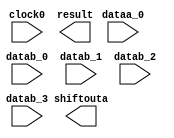
// megafunction wizard: %ALTMULT_ACCUM (MAC)%VBB%
// GENERATION: STANDARD
// VERSION: WM1.0
// MODULE: altmult_add 

// ============================================================
// Megafunction Name(s):
// 			altmult_add
//
// Simulation Library Files(s):
// 			altera_mf
// ============================================================
// ************************************************************
// THIS IS A WIZARD-GENERATED FILE. DO NOT EDIT THIS FILE!
//
// 12.0 Build 178 05/31/2012 SJ Full Version
// ************************************************************

//Copyright (C) 1991-2012 Altera Corporation
//Your use of Altera Corporation's design tools, logic functions 
//and other software and tools, and its AMPP partner logic 
//functions, and any output files from any of the foregoing 
//(including device programming or simulation files), and any 
//associated documentation or information are expressly subject 
//to the terms and conditions of the Altera Program License 
//Subscription Agreement, Altera MegaCore Function License 
//Agreement, or other applicable license agreement, including, 
//without limitation, that your use is for the sole purpose of 
//programming logic devices manufactured by Altera and sold by 
//Altera or its authorized distributors.  Please refer to the 
//applicable agreement for further details.

module scanout_chain_megafn (
	clock0,
	dataa_0,
	datab_0,
	datab_1,
	datab_2,
	datab_3,
	result,
	shiftouta);

	input	  clock0;
	input	[17:0]  dataa_0;
	input	[17:0]  datab_0;
	input	[17:0]  datab_1;
	input	[17:0]  datab_2;
	input	[17:0]  datab_3;
	output	[43:0]  result;
	output	[17:0]  shiftouta;
`ifndef ALTERA_RESERVED_QIS
// synopsys translate_off
`endif
	tri1	  clock0;
	tri0	[17:0]  dataa_0;
	tri0	[17:0]  datab_0;
	tri0	[17:0]  datab_1;
	tri0	[17:0]  datab_2;
	tri0	[17:0]  datab_3;
`ifndef ALTERA_RESERVED_QIS
// synopsys translate_on
`endif

endmodule

// ============================================================
// CNX file retrieval info
// ============================================================
// Retrieval info: PRIVATE: ACCUM_DIRECTION STRING "Add"
// Retrieval info: PRIVATE: ACCUM_SLOAD NUMERIC "0"
// Retrieval info: PRIVATE: ACCUM_SLOAD_ACLR NUMERIC "3"
// Retrieval info: PRIVATE: ACCUM_SLOAD_ACLR_SRC NUMERIC "3"
// Retrieval info: PRIVATE: ACCUM_SLOAD_CLK_SRC NUMERIC "0"
// Retrieval info: PRIVATE: ACCUM_SLOAD_PIPELINE_ACLR NUMERIC "3"
// Retrieval info: PRIVATE: ACCUM_SLOAD_PIPELINE_REG NUMERIC "1"
// Retrieval info: PRIVATE: ACCUM_SLOAD_PIPELINE_REG_INDEX NUMERIC "0"
// Retrieval info: PRIVATE: ACCUM_SLOAD_PIPE_ACLR_SRC NUMERIC "3"
// Retrieval info: PRIVATE: ACCUM_SLOAD_PIPE_CLK_SRC NUMERIC "0"
// Retrieval info: PRIVATE: ACCUM_SLOAD_PIPE_REG STRING "1"
// Retrieval info: PRIVATE: ACCUM_SLOAD_REG NUMERIC "1"
// Retrieval info: PRIVATE: ACCUM_SLOAD_REG_INDEX NUMERIC "0"
// Retrieval info: PRIVATE: ACCUM_SLOAD_UPPER_DATA NUMERIC "0"
// Retrieval info: PRIVATE: ACCUM_SLOAD_UPPER_DATA_ACLR NUMERIC "3"
// Retrieval info: PRIVATE: ACCUM_SLOAD_UPPER_DATA_PIPELINE_ACLR NUMERIC "3"
// Retrieval info: PRIVATE: ACCUM_SLOAD_UPPER_DATA_PIPELINE_REG NUMERIC "0"
// Retrieval info: PRIVATE: ACCUM_SLOAD_UPPER_DATA_REG NUMERIC "0"
// Retrieval info: PRIVATE: ADDNSUB1_ACLR_SRC NUMERIC "3"
// Retrieval info: PRIVATE: ADDNSUB1_CLK_SRC NUMERIC "0"
// Retrieval info: PRIVATE: ADDNSUB1_PIPE_ACLR_SRC NUMERIC "3"
// Retrieval info: PRIVATE: ADDNSUB1_PIPE_CLK_SRC NUMERIC "0"
// Retrieval info: PRIVATE: ADDNSUB1_PIPE_REG STRING "1"
// Retrieval info: PRIVATE: ADDNSUB1_REG STRING "1"
// Retrieval info: PRIVATE: ADDNSUB3_ACLR_SRC NUMERIC "3"
// Retrieval info: PRIVATE: ADDNSUB3_CLK_SRC NUMERIC "0"
// Retrieval info: PRIVATE: ADDNSUB3_PIPE_ACLR_SRC NUMERIC "3"
// Retrieval info: PRIVATE: ADDNSUB3_PIPE_CLK_SRC NUMERIC "0"
// Retrieval info: PRIVATE: ADDNSUB3_PIPE_REG STRING "1"
// Retrieval info: PRIVATE: ADDNSUB3_REG STRING "1"
// Retrieval info: PRIVATE: ADD_ENABLE NUMERIC "0"
// Retrieval info: PRIVATE: ALL_REG_ACLR NUMERIC "0"
// Retrieval info: PRIVATE: A_ACLR_SRC_MULT0 NUMERIC "3"
// Retrieval info: PRIVATE: A_CLK_SRC_MULT0 NUMERIC "0"
// Retrieval info: PRIVATE: B_ACLR_SRC_MULT0 NUMERIC "3"
// Retrieval info: PRIVATE: B_CLK_SRC_MULT0 NUMERIC "0"
// Retrieval info: PRIVATE: CHAINOUT_OUTPUT_ACLR NUMERIC "3"
// Retrieval info: PRIVATE: CHAINOUT_OUTPUT_REG STRING "0"
// Retrieval info: PRIVATE: CHAINOUT_OUTPUT_REGISTER NUMERIC "0"
// Retrieval info: PRIVATE: CHAINOUT_OUTPUT_REGISTERED NUMERIC "0"
// Retrieval info: PRIVATE: CHAS_ZERO_CHAINOUT NUMERIC "0"
// Retrieval info: PRIVATE: EXTRA_MULTIPLIER_LATENCY NUMERIC "0"
// Retrieval info: PRIVATE: HAS_ACCUMULATOR NUMERIC "1"
// Retrieval info: PRIVATE: HAS_ACUMM_SLOAD NUMERIC "0"
// Retrieval info: PRIVATE: HAS_CHAININ_PORT NUMERIC "0"
// Retrieval info: PRIVATE: HAS_CHAINOUT_ADDER NUMERIC "0"
// Retrieval info: PRIVATE: HAS_LOOPBACK NUMERIC "0"
// Retrieval info: PRIVATE: HAS_MAC STRING "1"
// Retrieval info: PRIVATE: HAS_SAT_ROUND STRING "1"
// Retrieval info: PRIVATE: HAS_ZERO_LOOPBACK NUMERIC "0"
// Retrieval info: PRIVATE: IMPL_STYLE_DEDICATED NUMERIC "1"
// Retrieval info: PRIVATE: IMPL_STYLE_DEFAULT NUMERIC "0"
// Retrieval info: PRIVATE: IMPL_STYLE_LCELL NUMERIC "0"
// Retrieval info: PRIVATE: INTENDED_DEVICE_FAMILY STRING "Stratix IV"
// Retrieval info: PRIVATE: MULT_LATENCY NUMERIC "0"
// Retrieval info: PRIVATE: MULT_REGA0 NUMERIC "1"
// Retrieval info: PRIVATE: MULT_REGB0 NUMERIC "1"
// Retrieval info: PRIVATE: MULT_REGOUT0 NUMERIC "1"
// Retrieval info: PRIVATE: NUM_MULT STRING "4"
// Retrieval info: PRIVATE: OP1 STRING "Add"
// Retrieval info: PRIVATE: OP3 STRING "Add"
// Retrieval info: PRIVATE: OUTPUT_EXTRA_LAT NUMERIC "0"
// Retrieval info: PRIVATE: OUTPUT_REG_ACLR_SRC NUMERIC "3"
// Retrieval info: PRIVATE: OUTPUT_REG_CLK_SRC NUMERIC "0"
// Retrieval info: PRIVATE: OVERFLOW NUMERIC "0"
// Retrieval info: PRIVATE: Q_ACLR_SRC_MULT0 NUMERIC "3"
// Retrieval info: PRIVATE: Q_CLK_SRC_MULT0 NUMERIC "0"
// Retrieval info: PRIVATE: REG_OUT NUMERIC "1"
// Retrieval info: PRIVATE: RNFORMAT STRING "44"
// Retrieval info: PRIVATE: ROTATE_ACLR_SRC NUMERIC "3"
// Retrieval info: PRIVATE: ROTATE_CLK_SRC NUMERIC "0"
// Retrieval info: PRIVATE: ROTATE_OUT_ACLR_SRC NUMERIC "3"
// Retrieval info: PRIVATE: ROTATE_OUT_CLK_SRC NUMERIC "0"
// Retrieval info: PRIVATE: ROTATE_OUT_REG STRING "1"
// Retrieval info: PRIVATE: ROTATE_PIPE_ACLR_SRC NUMERIC "3"
// Retrieval info: PRIVATE: ROTATE_PIPE_CLK_SRC NUMERIC "0"
// Retrieval info: PRIVATE: ROTATE_PIPE_REG STRING "1"
// Retrieval info: PRIVATE: ROTATE_REG STRING "1"
// Retrieval info: PRIVATE: ROUND3_CHAINOUT_ACLR_SRC NUMERIC "3"
// Retrieval info: PRIVATE: ROUND3_CHAINOUT_CLK_SRC NUMERIC "0"
// Retrieval info: PRIVATE: ROUND3_CHAINOUT_MODE STRING "Disabled"
// Retrieval info: PRIVATE: ROUND3_CHAINOUT_OUT_ACLR_SRC NUMERIC "3"
// Retrieval info: PRIVATE: ROUND3_CHAINOUT_OUT_CLK_SRC NUMERIC "0"
// Retrieval info: PRIVATE: ROUND3_CHAINOUT_OUT_REG STRING "0"
// Retrieval info: PRIVATE: ROUND3_CHAINOUT_PIPE_ACLR_SRC NUMERIC "3"
// Retrieval info: PRIVATE: ROUND3_CHAINOUT_PIPE_CLK_SRC NUMERIC "0"
// Retrieval info: PRIVATE: ROUND3_CHAINOUT_PIPE_REG STRING "1"
// Retrieval info: PRIVATE: ROUND3_CHAINOUT_REG STRING "1"
// Retrieval info: PRIVATE: ROUND3_FRAC_WIDTH NUMERIC "23"
// Retrieval info: PRIVATE: ROUND3_OUTPUT_ACLR_SRC NUMERIC "3"
// Retrieval info: PRIVATE: ROUND3_OUTPUT_CHAINOUT_TYPE STRING "Nearest Integer"
// Retrieval info: PRIVATE: ROUND3_OUTPUT_CLK_SRC NUMERIC "0"
// Retrieval info: PRIVATE: ROUND3_OUTPUT_MODE STRING "Disabled"
// Retrieval info: PRIVATE: ROUND3_OUTPUT_PIPE_ACLR_SRC NUMERIC "3"
// Retrieval info: PRIVATE: ROUND3_OUTPUT_PIPE_CLK_SRC NUMERIC "0"
// Retrieval info: PRIVATE: ROUND3_OUTPUT_PIPE_REG STRING "1"
// Retrieval info: PRIVATE: ROUND3_OUTPUT_REG STRING "1"
// Retrieval info: PRIVATE: RQFORMAT STRING "Q1.30"
// Retrieval info: PRIVATE: RTS_WIDTH STRING "44"
// Retrieval info: PRIVATE: SAME_CONFIG NUMERIC "1"
// Retrieval info: PRIVATE: SAME_CONTROL_SRC_A0 NUMERIC "1"
// Retrieval info: PRIVATE: SAME_CONTROL_SRC_B0 NUMERIC "1"
// Retrieval info: PRIVATE: SAT3_CHAINOUT_ACLR_SRC NUMERIC "3"
// Retrieval info: PRIVATE: SAT3_CHAINOUT_CLK_SRC NUMERIC "0"
// Retrieval info: PRIVATE: SAT3_CHAINOUT_MODE STRING "Enabled"
// Retrieval info: PRIVATE: SAT3_CHAINOUT_OUT_ACLR_SRC NUMERIC "3"
// Retrieval info: PRIVATE: SAT3_CHAINOUT_OUT_CLK_SRC NUMERIC "0"
// Retrieval info: PRIVATE: SAT3_CHAINOUT_PIPE_ACLR_SRC NUMERIC "3"
// Retrieval info: PRIVATE: SAT3_CHAINOUT_PIPE_CLK_SRC NUMERIC "0"
// Retrieval info: PRIVATE: SAT3_CHAINOUT_PIPE_REG STRING "1"
// Retrieval info: PRIVATE: SAT3_CHAINOUT_REG STRING "1"
// Retrieval info: PRIVATE: SAT3_FRAC_WIDTH NUMERIC "1"
// Retrieval info: PRIVATE: SAT3_OUTPUT_ACLR_SRC NUMERIC "3"
// Retrieval info: PRIVATE: SAT3_OUTPUT_CHAINOUT_TYPE STRING "Symmetric"
// Retrieval info: PRIVATE: SAT3_OUTPUT_CLK_SRC NUMERIC "0"
// Retrieval info: PRIVATE: SAT3_OUTPUT_MODE STRING "Enabled"
// Retrieval info: PRIVATE: SAT3_OUTPUT_OVERFLOW NUMERIC "0"
// Retrieval info: PRIVATE: SAT3_OUTPUT_PIPE_ACLR_SRC NUMERIC "3"
// Retrieval info: PRIVATE: SAT3_OUTPUT_PIPE_CLK_SRC NUMERIC "0"
// Retrieval info: PRIVATE: SAT3_OUTPUT_PIPE_REG STRING "1"
// Retrieval info: PRIVATE: SAT3_OUTPUT_REG STRING "1"
// Retrieval info: PRIVATE: SCANOUTA NUMERIC "1"
// Retrieval info: PRIVATE: SCANOUTB NUMERIC "0"
// Retrieval info: PRIVATE: SHIFTOUTA_ACLR_SRC NUMERIC "3"
// Retrieval info: PRIVATE: SHIFTOUTA_CLK_SRC NUMERIC "0"
// Retrieval info: PRIVATE: SHIFTOUTA_REG STRING "0"
// Retrieval info: PRIVATE: SHIFT_RIGHT_ACLR_SRC NUMERIC "3"
// Retrieval info: PRIVATE: SHIFT_RIGHT_CLK_SRC NUMERIC "0"
// Retrieval info: PRIVATE: SHIFT_RIGHT_OUT_ACLR_SRC NUMERIC "3"
// Retrieval info: PRIVATE: SHIFT_RIGHT_OUT_CLK_SRC NUMERIC "0"
// Retrieval info: PRIVATE: SHIFT_RIGHT_OUT_REG STRING "1"
// Retrieval info: PRIVATE: SHIFT_RIGHT_PIPE_ACLR_SRC NUMERIC "3"
// Retrieval info: PRIVATE: SHIFT_RIGHT_PIPE_CLK_SRC NUMERIC "0"
// Retrieval info: PRIVATE: SHIFT_RIGHT_PIPE_REG STRING "1"
// Retrieval info: PRIVATE: SHIFT_RIGHT_REG STRING "1"
// Retrieval info: PRIVATE: SHIFT_ROTATE_MODE STRING "None"
// Retrieval info: PRIVATE: SIGNA STRING "SIGNED"
// Retrieval info: PRIVATE: SIGNA_ACLR_SRC NUMERIC "3"
// Retrieval info: PRIVATE: SIGNA_CLK_SRC NUMERIC "0"
// Retrieval info: PRIVATE: SIGNA_PIPE_ACLR_SRC NUMERIC "3"
// Retrieval info: PRIVATE: SIGNA_PIPE_CLK_SRC NUMERIC "0"
// Retrieval info: PRIVATE: SIGNA_PIPE_REG STRING "1"
// Retrieval info: PRIVATE: SIGNA_REG STRING "1"
// Retrieval info: PRIVATE: SIGNB STRING "SIGNED"
// Retrieval info: PRIVATE: SIGNB_ACLR_SRC NUMERIC "3"
// Retrieval info: PRIVATE: SIGNB_CLK_SRC NUMERIC "0"
// Retrieval info: PRIVATE: SIGNB_PIPE_ACLR_SRC NUMERIC "3"
// Retrieval info: PRIVATE: SIGNB_PIPE_CLK_SRC NUMERIC "0"
// Retrieval info: PRIVATE: SIGNB_PIPE_REG STRING "1"
// Retrieval info: PRIVATE: SIGNB_REG STRING "1"
// Retrieval info: PRIVATE: SRCA0 STRING "Shiftin input"
// Retrieval info: PRIVATE: SRCB0 STRING "Multiplier input"
// Retrieval info: PRIVATE: SYNTH_WRAPPER_GEN_POSTFIX STRING "0"
// Retrieval info: PRIVATE: WIDTHA STRING "18"
// Retrieval info: PRIVATE: WIDTHB STRING "18"
// Retrieval info: PRIVATE: WIDTH_UPPER_DATA NUMERIC "1"
// Retrieval info: PRIVATE: ZERO_CHAINOUT_ACLR_SRC NUMERIC "3"
// Retrieval info: PRIVATE: ZERO_CHAINOUT_CLK_SRC NUMERIC "0"
// Retrieval info: PRIVATE: ZERO_CHAINOUT_REG STRING "0"
// Retrieval info: PRIVATE: ZERO_LOOPBACK_ACLR_SRC NUMERIC "3"
// Retrieval info: PRIVATE: ZERO_LOOPBACK_CLK_SRC NUMERIC "0"
// Retrieval info: PRIVATE: ZERO_LOOPBACK_OUT_ACLR_SRC NUMERIC "3"
// Retrieval info: PRIVATE: ZERO_LOOPBACK_OUT_CLK_SRC NUMERIC "0"
// Retrieval info: PRIVATE: ZERO_LOOPBACK_OUT_REG STRING "1"
// Retrieval info: PRIVATE: ZERO_LOOPBACK_PIPE_ACLR_SRC NUMERIC "3"
// Retrieval info: PRIVATE: ZERO_LOOPBACK_PIPE_CLK_SRC NUMERIC "0"
// Retrieval info: PRIVATE: ZERO_LOOPBACK_PIPE_REG STRING "1"
// Retrieval info: PRIVATE: ZERO_LOOPBACK_REG STRING "1"
// Retrieval info: LIBRARY: altera_mf altera_mf.altera_mf_components.all
// Retrieval info: CONSTANT: ACCUMULATOR STRING "YES"
// Retrieval info: CONSTANT: ACCUM_DIRECTION STRING "ADD"
// Retrieval info: CONSTANT: ADDNSUB_MULTIPLIER_ACLR1 STRING "UNUSED"
// Retrieval info: CONSTANT: ADDNSUB_MULTIPLIER_ACLR3 STRING "UNUSED"
// Retrieval info: CONSTANT: ADDNSUB_MULTIPLIER_PIPELINE_ACLR1 STRING "UNUSED"
// Retrieval info: CONSTANT: ADDNSUB_MULTIPLIER_PIPELINE_ACLR3 STRING "UNUSED"
// Retrieval info: CONSTANT: ADDNSUB_MULTIPLIER_PIPELINE_REGISTER1 STRING "CLOCK0"
// Retrieval info: CONSTANT: ADDNSUB_MULTIPLIER_PIPELINE_REGISTER3 STRING "CLOCK0"
// Retrieval info: CONSTANT: ADDNSUB_MULTIPLIER_REGISTER1 STRING "CLOCK0"
// Retrieval info: CONSTANT: ADDNSUB_MULTIPLIER_REGISTER3 STRING "CLOCK0"
// Retrieval info: CONSTANT: CHAINOUT_ADDER STRING "NO"
// Retrieval info: CONSTANT: CHAINOUT_REGISTER STRING "UNREGISTERED"
// Retrieval info: CONSTANT: DEDICATED_MULTIPLIER_CIRCUITRY STRING "YES"
// Retrieval info: CONSTANT: INPUT_ACLR_A0 STRING "UNUSED"
// Retrieval info: CONSTANT: INPUT_ACLR_A1 STRING "UNUSED"
// Retrieval info: CONSTANT: INPUT_ACLR_A2 STRING "UNUSED"
// Retrieval info: CONSTANT: INPUT_ACLR_A3 STRING "UNUSED"
// Retrieval info: CONSTANT: INPUT_ACLR_B0 STRING "UNUSED"
// Retrieval info: CONSTANT: INPUT_ACLR_B1 STRING "UNUSED"
// Retrieval info: CONSTANT: INPUT_ACLR_B2 STRING "UNUSED"
// Retrieval info: CONSTANT: INPUT_ACLR_B3 STRING "UNUSED"
// Retrieval info: CONSTANT: INPUT_REGISTER_A0 STRING "CLOCK0"
// Retrieval info: CONSTANT: INPUT_REGISTER_A1 STRING "CLOCK0"
// Retrieval info: CONSTANT: INPUT_REGISTER_A2 STRING "CLOCK0"
// Retrieval info: CONSTANT: INPUT_REGISTER_A3 STRING "CLOCK0"
// Retrieval info: CONSTANT: INPUT_REGISTER_B0 STRING "CLOCK0"
// Retrieval info: CONSTANT: INPUT_REGISTER_B1 STRING "CLOCK0"
// Retrieval info: CONSTANT: INPUT_REGISTER_B2 STRING "CLOCK0"
// Retrieval info: CONSTANT: INPUT_REGISTER_B3 STRING "CLOCK0"
// Retrieval info: CONSTANT: INPUT_SOURCE_A0 STRING "DATAA"
// Retrieval info: CONSTANT: INPUT_SOURCE_A1 STRING "SCANA"
// Retrieval info: CONSTANT: INPUT_SOURCE_A2 STRING "SCANA"
// Retrieval info: CONSTANT: INPUT_SOURCE_A3 STRING "SCANA"
// Retrieval info: CONSTANT: INPUT_SOURCE_B0 STRING "DATAB"
// Retrieval info: CONSTANT: INPUT_SOURCE_B1 STRING "DATAB"
// Retrieval info: CONSTANT: INPUT_SOURCE_B2 STRING "DATAB"
// Retrieval info: CONSTANT: INPUT_SOURCE_B3 STRING "DATAB"
// Retrieval info: CONSTANT: INTENDED_DEVICE_FAMILY STRING "Stratix IV"
// Retrieval info: CONSTANT: LPM_TYPE STRING "altmult_add"
// Retrieval info: CONSTANT: MULTIPLIER1_DIRECTION STRING "ADD"
// Retrieval info: CONSTANT: MULTIPLIER3_DIRECTION STRING "ADD"
// Retrieval info: CONSTANT: MULTIPLIER_ACLR0 STRING "UNUSED"
// Retrieval info: CONSTANT: MULTIPLIER_ACLR1 STRING "UNUSED"
// Retrieval info: CONSTANT: MULTIPLIER_ACLR2 STRING "UNUSED"
// Retrieval info: CONSTANT: MULTIPLIER_ACLR3 STRING "UNUSED"
// Retrieval info: CONSTANT: MULTIPLIER_REGISTER0 STRING "CLOCK0"
// Retrieval info: CONSTANT: MULTIPLIER_REGISTER1 STRING "CLOCK0"
// Retrieval info: CONSTANT: MULTIPLIER_REGISTER2 STRING "CLOCK0"
// Retrieval info: CONSTANT: MULTIPLIER_REGISTER3 STRING "CLOCK0"
// Retrieval info: CONSTANT: NUMBER_OF_MULTIPLIERS NUMERIC "4"
// Retrieval info: CONSTANT: OUTPUT_ACLR STRING "UNUSED"
// Retrieval info: CONSTANT: OUTPUT_REGISTER STRING "CLOCK0"
// Retrieval info: CONSTANT: OUTPUT_ROUND_TYPE STRING "NEAREST_INTEGER"
// Retrieval info: CONSTANT: OUTPUT_SATURATE_ACLR STRING "UNUSED"
// Retrieval info: CONSTANT: OUTPUT_SATURATE_PIPELINE_ACLR STRING "UNUSED"
// Retrieval info: CONSTANT: OUTPUT_SATURATE_PIPELINE_REGISTER STRING "CLOCK0"
// Retrieval info: CONSTANT: OUTPUT_SATURATE_REGISTER STRING "CLOCK0"
// Retrieval info: CONSTANT: OUTPUT_SATURATE_TYPE STRING "SYMMETRIC"
// Retrieval info: CONSTANT: OUTPUT_SATURATION STRING "YES"
// Retrieval info: CONSTANT: PORT_ADDNSUB1 STRING "PORT_UNUSED"
// Retrieval info: CONSTANT: PORT_ADDNSUB3 STRING "PORT_UNUSED"
// Retrieval info: CONSTANT: PORT_SIGNA STRING "PORT_UNUSED"
// Retrieval info: CONSTANT: PORT_SIGNB STRING "PORT_UNUSED"
// Retrieval info: CONSTANT: REPRESENTATION_A STRING "SIGNED"
// Retrieval info: CONSTANT: REPRESENTATION_B STRING "SIGNED"
// Retrieval info: CONSTANT: SCANOUTA_REGISTER STRING "UNREGISTERED"
// Retrieval info: CONSTANT: SIGNED_ACLR_A STRING "UNUSED"
// Retrieval info: CONSTANT: SIGNED_ACLR_B STRING "UNUSED"
// Retrieval info: CONSTANT: SIGNED_PIPELINE_ACLR_A STRING "UNUSED"
// Retrieval info: CONSTANT: SIGNED_PIPELINE_ACLR_B STRING "UNUSED"
// Retrieval info: CONSTANT: SIGNED_PIPELINE_REGISTER_A STRING "CLOCK0"
// Retrieval info: CONSTANT: SIGNED_PIPELINE_REGISTER_B STRING "CLOCK0"
// Retrieval info: CONSTANT: SIGNED_REGISTER_A STRING "CLOCK0"
// Retrieval info: CONSTANT: SIGNED_REGISTER_B STRING "CLOCK0"
// Retrieval info: CONSTANT: WIDTH_A NUMERIC "18"
// Retrieval info: CONSTANT: WIDTH_B NUMERIC "18"
// Retrieval info: CONSTANT: WIDTH_CHAININ NUMERIC "1"
// Retrieval info: CONSTANT: WIDTH_MSB NUMERIC "44"
// Retrieval info: CONSTANT: WIDTH_RESULT NUMERIC "44"
// Retrieval info: CONSTANT: WIDTH_SATURATE_SIGN NUMERIC "1"
// Retrieval info: CONSTANT: ZERO_CHAINOUT_OUTPUT_ACLR STRING "UNUSED"
// Retrieval info: CONSTANT: ZERO_CHAINOUT_OUTPUT_REGISTER STRING "CLOCK0"
// Retrieval info: CONSTANT: ZERO_LOOPBACK_ACLR STRING "UNUSED"
// Retrieval info: CONSTANT: ZERO_LOOPBACK_OUTPUT_ACLR STRING "UNUSED"
// Retrieval info: CONSTANT: ZERO_LOOPBACK_OUTPUT_REGISTER STRING "CLOCK0"
// Retrieval info: CONSTANT: ZERO_LOOPBACK_PIPELINE_ACLR STRING "UNUSED"
// Retrieval info: CONSTANT: ZERO_LOOPBACK_PIPELINE_REGISTER STRING "CLOCK0"
// Retrieval info: CONSTANT: ZERO_LOOPBACK_REGISTER STRING "CLOCK0"
// Retrieval info: USED_PORT: clock0 0 0 0 0 INPUT VCC "clock0"
// Retrieval info: USED_PORT: dataa_0 0 0 18 0 INPUT GND "dataa_0[17..0]"
// Retrieval info: USED_PORT: datab_0 0 0 18 0 INPUT GND "datab_0[17..0]"
// Retrieval info: USED_PORT: datab_1 0 0 18 0 INPUT GND "datab_1[17..0]"
// Retrieval info: USED_PORT: datab_2 0 0 18 0 INPUT GND "datab_2[17..0]"
// Retrieval info: USED_PORT: datab_3 0 0 18 0 INPUT GND "datab_3[17..0]"
// Retrieval info: USED_PORT: result 0 0 44 0 OUTPUT GND "result[43..0]"
// Retrieval info: USED_PORT: shiftouta 0 0 18 0 OUTPUT GND "shiftouta[17..0]"
// Retrieval info: CONNECT: @clock0 0 0 0 0 clock0 0 0 0 0
// Retrieval info: CONNECT: @dataa 0 0 18 18 GND 0 0 18 0
// Retrieval info: CONNECT: @dataa 0 0 18 36 GND 0 0 18 0
// Retrieval info: CONNECT: @dataa 0 0 18 54 GND 0 0 18 0
// Retrieval info: CONNECT: @dataa 0 0 18 0 dataa_0 0 0 18 0
// Retrieval info: CONNECT: @datab 0 0 18 0 datab_0 0 0 18 0
// Retrieval info: CONNECT: @datab 0 0 18 18 datab_1 0 0 18 0
// Retrieval info: CONNECT: @datab 0 0 18 36 datab_2 0 0 18 0
// Retrieval info: CONNECT: @datab 0 0 18 54 datab_3 0 0 18 0
// Retrieval info: CONNECT: result 0 0 44 0 @result 0 0 44 0
// Retrieval info: CONNECT: shiftouta 0 0 18 0 @scanouta 0 0 18 0
// Retrieval info: GEN_FILE: TYPE_NORMAL scanout_chain_megafn.v TRUE
// Retrieval info: GEN_FILE: TYPE_NORMAL scanout_chain_megafn.inc FALSE
// Retrieval info: GEN_FILE: TYPE_NORMAL scanout_chain_megafn.cmp FALSE
// Retrieval info: GEN_FILE: TYPE_NORMAL scanout_chain_megafn.bsf FALSE
// Retrieval info: GEN_FILE: TYPE_NORMAL scanout_chain_megafn_inst.v TRUE
// Retrieval info: GEN_FILE: TYPE_NORMAL scanout_chain_megafn_bb.v TRUE
// Retrieval info: LIB_FILE: altera_mf